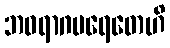
ဘဝရာဂပရေတေဟိ